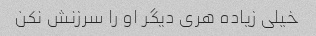
خیلی زیاده هری دیگر او را سرزنش نکن